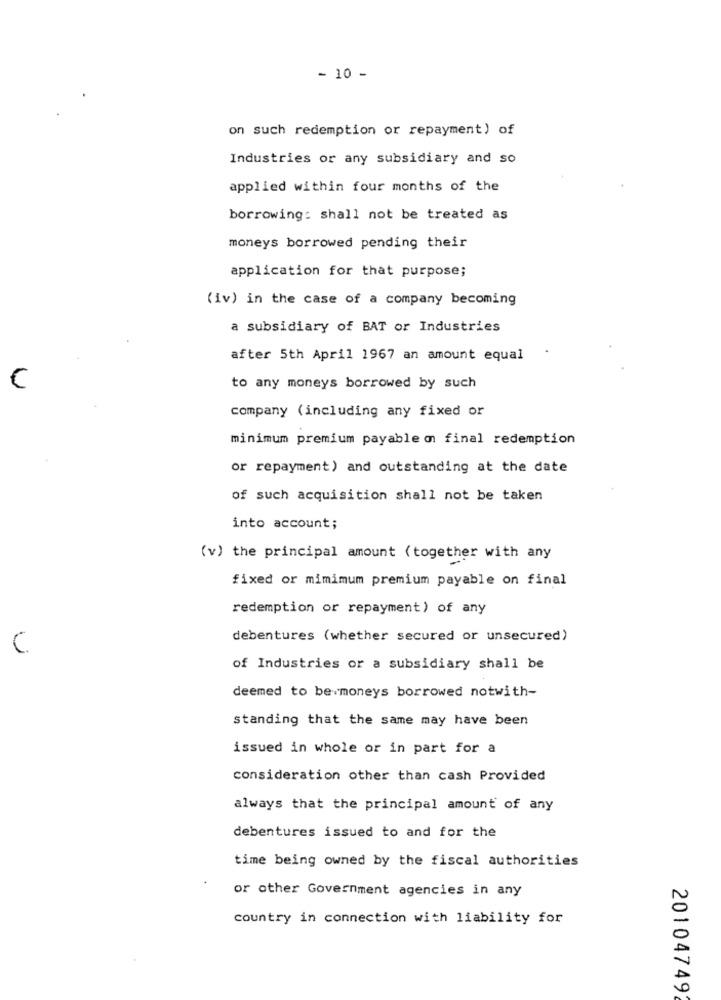
- 10 -
on such redemption or repayment) of
Industries or any subsidiary and so
applied within four months of the
borrowing: shall not be treated as
moneys borrowed pending their
application for that purpose;
(iv) in the case of a company becoming
a subsidiary of BAT or Industries
after 5th April 1967 an amount equal
C
to any moneys borrowed by such
company (including any fixed or
minimum premium payable on final redemption
or repayment) and outstanding at the date
of such acquisition shall not be taken
into account;
(v) the principal amount ( together with any
fixed or mimimum premium payable on final
redemption or repayment) of any
debentures (whether secured or unsecured)
C
of Industries or a subsidiary shall be
deemed to bewmoneys borrowed notwith-
standing that the same may have been
issued in whole or in part for a
consideration other than cash Provided
always that the principal amount of any
debentures issued to and for the
time being owned by the fiscal authorities
or other Government agencies in any
country in connection with liability for
201047492